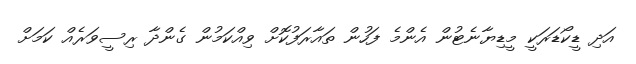
އަދި ޑީކޯޑަރަކީ މީޑިޔާނެޓުން އެންމެ ފަހުން ތައާރަފުކޮށް ވިއްކަމުން ގެންދާ ރިސީވަރެއް ކަމަށް